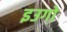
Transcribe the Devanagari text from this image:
इउगो